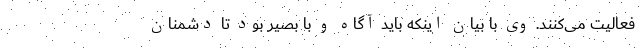
فعالیت می‌کنند. وی با بیان اینکه باید آگاه و با بصیر بود تا دشمنان